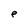
Character: e